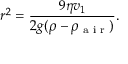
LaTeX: r ^ { 2 } = { \frac { 9 \eta v _ { 1 } } { 2 g ( \rho - \rho _ { \textrm { a i r } } ) } } .